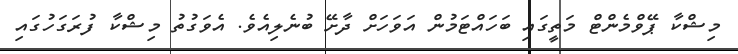
މިޝްކާ ޕޭވްމެންޓް މަތީގައި ބަހައްޓަމުން އަވަހަށް ދާށޭ ބުނެލިއެވެ. އެވަގުތު މިޝްކާ ފުރަގަހުގައި